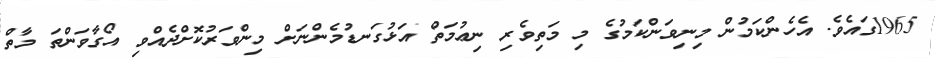
1965ގައެވެ. އެހެންކަމުން މިނިވަންކަމުގެ މި މަތިވެރި ނިޢުމަތް އަޅުގަނޑުމެންނަށް މިންވަރުކޮށްދެއްވި އޯގާވަންތަ މާތް